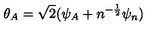
\theta _ { A } = \sqrt 2 ( \psi _ { A } + n ^ { - { \frac { 1 } { 2 } } } \psi _ { n } )